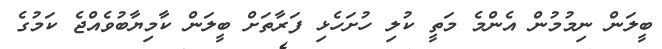
ބީލަން ނިމުމުން އެންމެ މަތީ ކުލި ހުށަހެޅި ފަރާތަށް ބީލަން ކާމިޔާބުވެއްޖެ ކަމުގެ